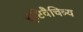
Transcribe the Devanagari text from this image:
सृष्टिवैचित्र्य